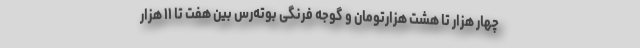
چهار هزار تا هشت هزارتومان و گوجه فرنگی بوته‌رس بین هفت تا ۱۱ هزار